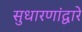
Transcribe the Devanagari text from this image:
सुधारणांद्वारे